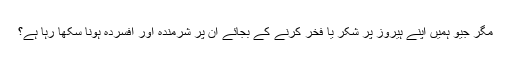
مگر جیو ہمیں اپنے ہیروز پر شکر یا فخر کرنے کے بجائے ان پر شرمندہ اور افسردہ ہونا سکھا رہا ہے؟